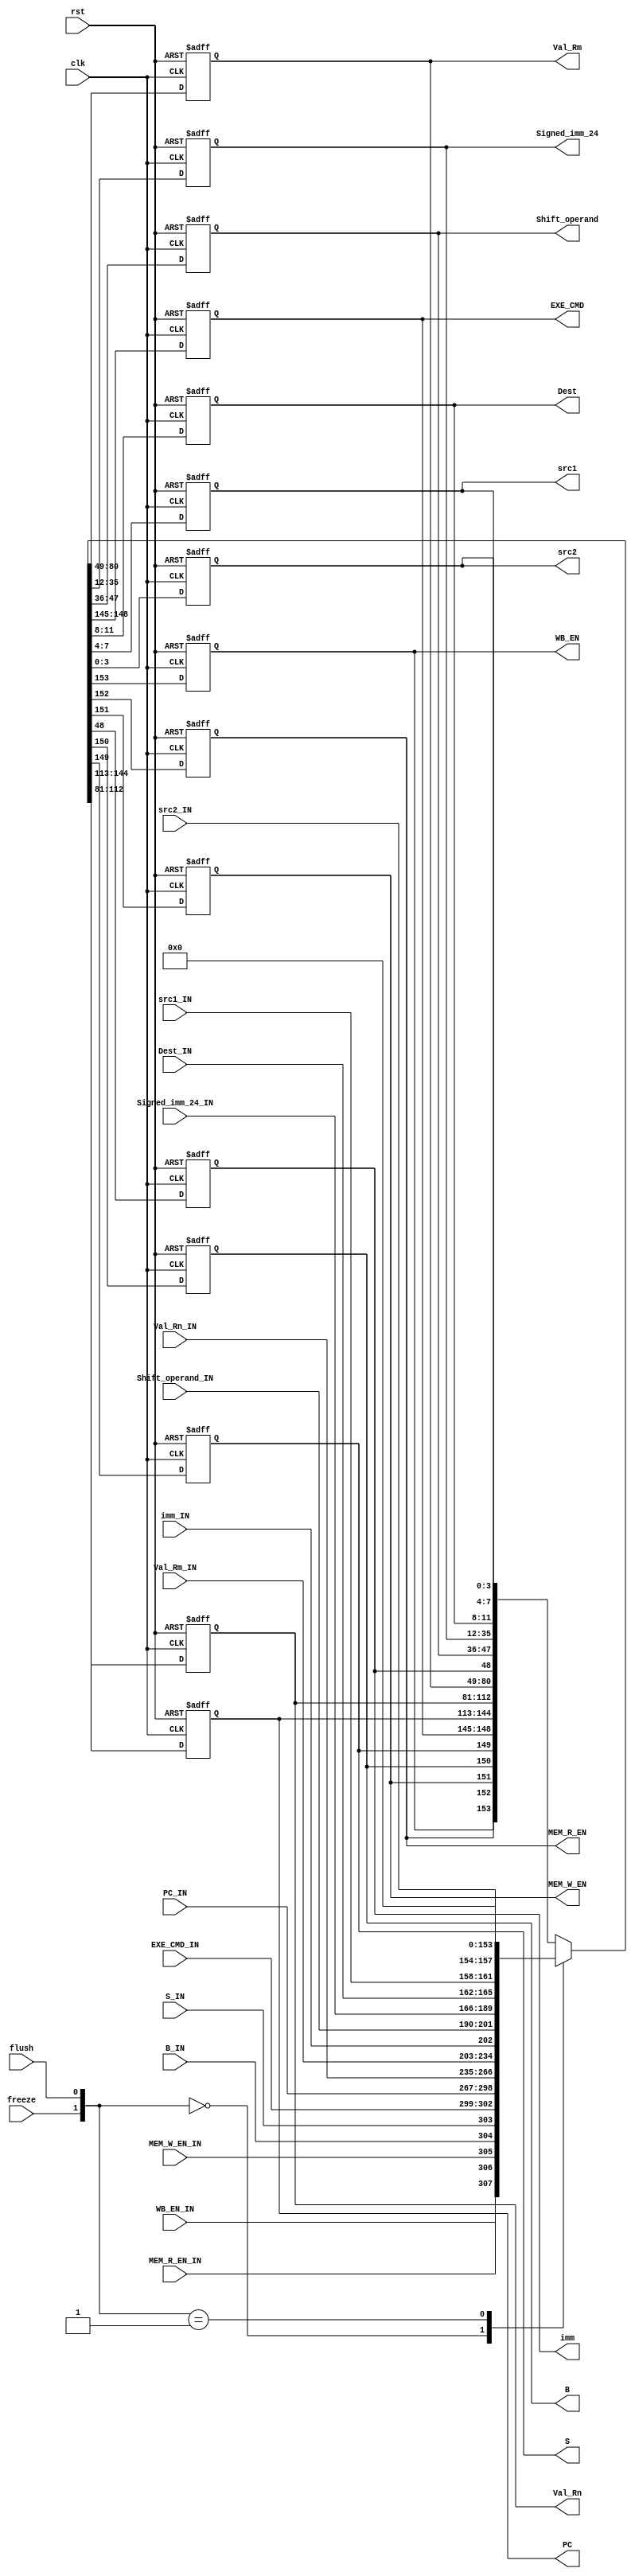
module ID_Stage_Reg (clk, rst, freeze, flush, WB_EN_IN, MEM_R_EN_IN, MEM_W_EN_IN, B_IN, S_IN, EXE_CMD_IN, PC_IN, Val_Rn_IN, Val_Rm_IN, imm_IN,
                     Shift_operand_IN, Signed_imm_24_IN, Dest_IN, src1_IN, src2_IN, WB_EN, MEM_R_EN, MEM_W_EN, B, S, EXE_CMD, PC,
                     Val_Rn, Val_Rm, imm, Shift_operand, Signed_imm_24, Dest, src1, src2);
                     
  input [31:0] PC_IN, Val_Rn_IN, Val_Rm_IN;
  input [23:0] Signed_imm_24_IN;
  input [11:0] Shift_operand_IN;
  input [3:0] EXE_CMD_IN, Dest_IN, src1_IN, src2_IN;
  input clk, rst, flush, WB_EN_IN, MEM_R_EN_IN, MEM_W_EN_IN, B_IN, S_IN, imm_IN, freeze;
  output reg [31:0] PC, Val_Rn, Val_Rm;
  output reg [23:0] Signed_imm_24;
  output reg [11:0] Shift_operand;
  output reg [3:0] EXE_CMD, Dest, src1, src2;
  output reg WB_EN, MEM_R_EN, MEM_W_EN, B, S, imm;
  
  always @(posedge clk, posedge rst) begin
    if(rst) {WB_EN, MEM_R_EN, MEM_W_EN, B, S, EXE_CMD, PC, Val_Rn, Val_Rm, imm, Shift_operand, Signed_imm_24, Dest, src1, src2} <= 154'h0;
    else begin
      case({freeze, flush})
        2'b00: {WB_EN, MEM_R_EN, MEM_W_EN, B, S, EXE_CMD, PC, Val_Rn, Val_Rm, imm, Shift_operand, Signed_imm_24, Dest, src1, src2} <= {WB_EN_IN, MEM_R_EN_IN, MEM_W_EN_IN, B_IN, S_IN, EXE_CMD_IN, PC_IN, Val_Rn_IN, Val_Rm_IN, imm_IN, Shift_operand_IN, Signed_imm_24_IN, Dest_IN, src1_IN, src2_IN};
        2'b01: {WB_EN, MEM_R_EN, MEM_W_EN, B, S, EXE_CMD, PC, Val_Rn, Val_Rm, imm, Shift_operand, Signed_imm_24, Dest, src1, src2} <= 154'h0;
        default: {WB_EN, MEM_R_EN, MEM_W_EN, B, S, EXE_CMD, PC, Val_Rn, Val_Rm, imm, Shift_operand, Signed_imm_24, Dest, src1, src2} <= {WB_EN, MEM_R_EN, MEM_W_EN, B, S, EXE_CMD, PC, Val_Rn, Val_Rm, imm, Shift_operand, Signed_imm_24, Dest, src1, src2};
      endcase
    end
  end
  
endmodule